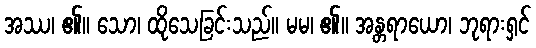
အဿ၊ ၏။ သော၊ ထိုသေခြင်းသည်။ မမ၊ ၏။ အန္တရာယော၊ ဘုရားရှင်